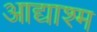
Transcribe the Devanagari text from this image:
आद्याश्म